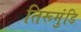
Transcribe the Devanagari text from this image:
तिरूमुंडि